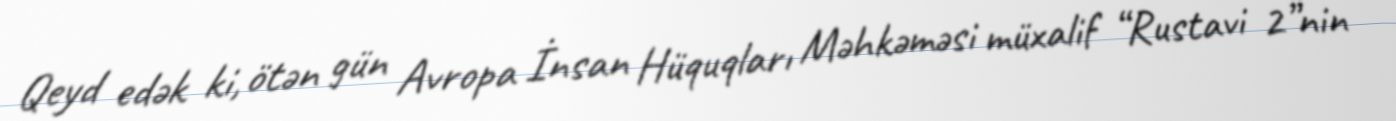
Qeyd edək ki, ötən gün Avropa İnsan Hüquqları Məhkəməsi müxalif “Rustavi 2”nin